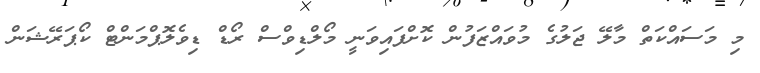
މި މަސައްކަތް މާލޭ ޖަލުގެ މުވައްޒަފުން ކޮށްފައިވަނީ މޯލްޑިވްސް ރޯޑް ޑިވެލޮޕްމަންޓް ކޯޕަރޭޝަން